Taavet_Bergmanni_abiraha_sihtasutus, lk 26
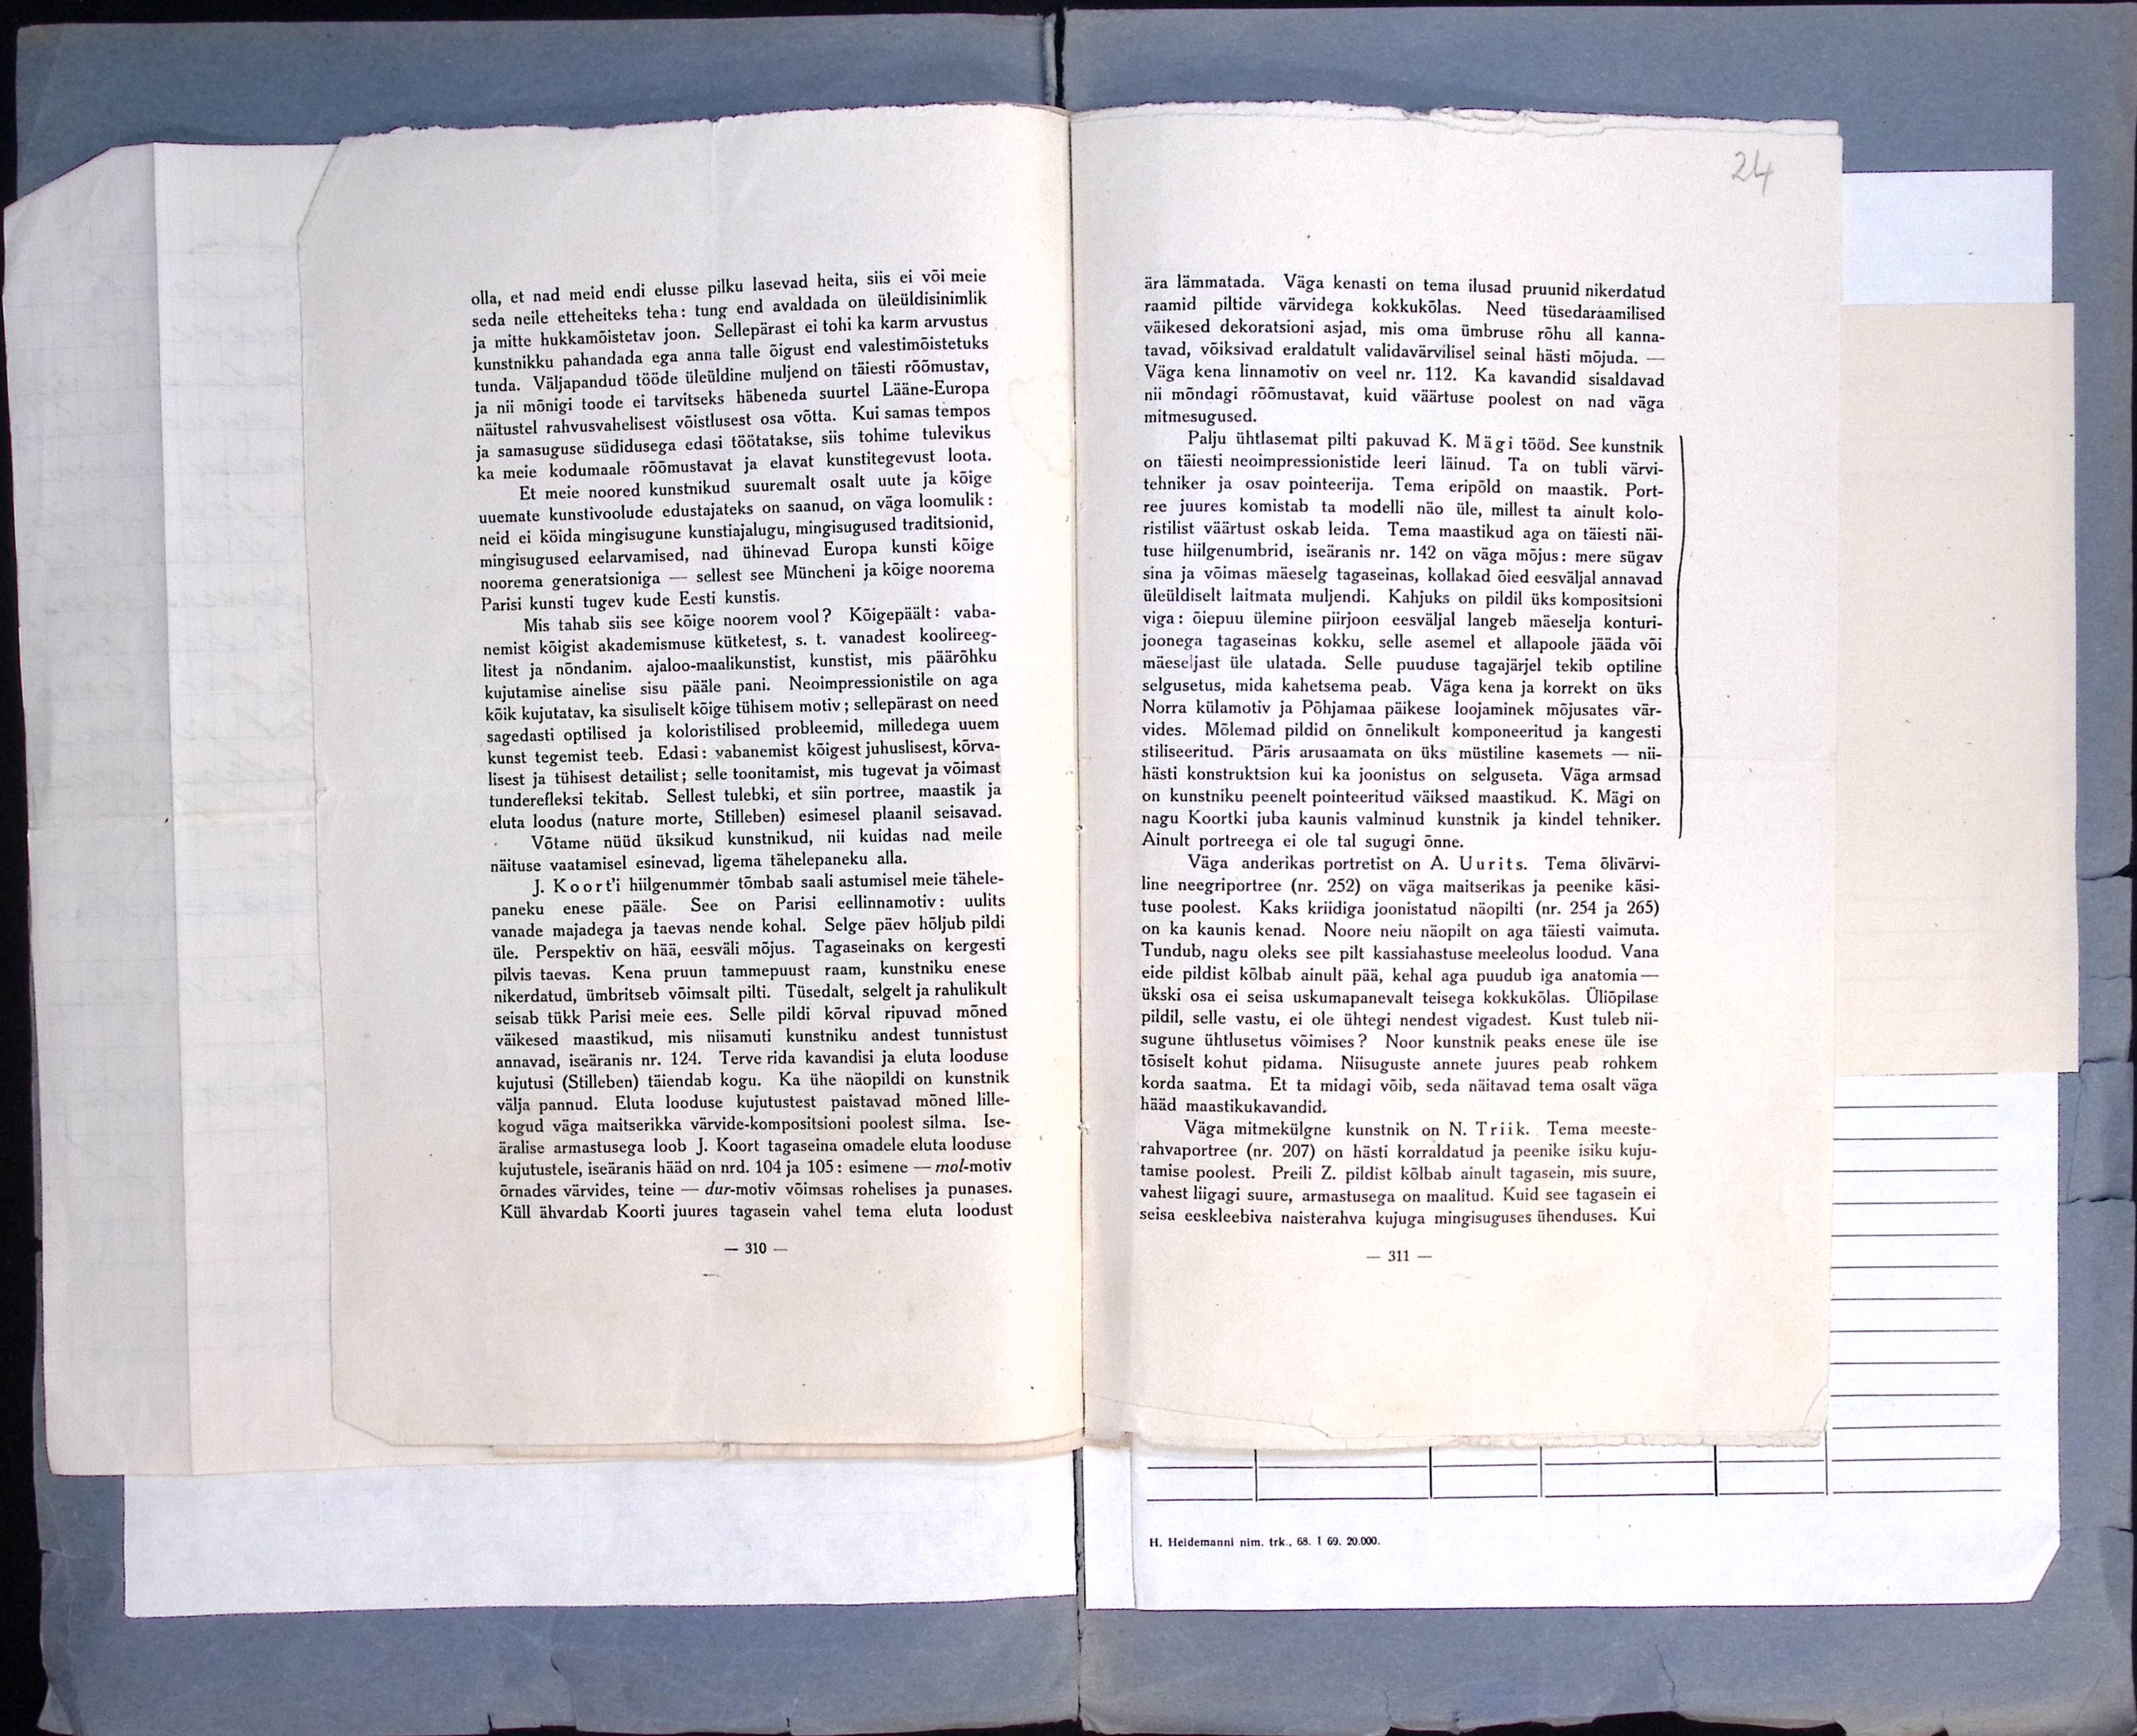
24

olla, et nad meid endi elusse pilku lasevad heita, siis ei või meie
seda neile etteheiteks teha: tung end avaldada on üleüldisinimlik
ja mitte hukkamõistetav joon. Sellepärast ei tohi ka karm arvustus
kunstnikku pahandada ega anna talle õigust end valestimõistetuks
tunda. Väljapandud tööde üleüldine muljend on täiesti rõõmustav,
ja nii mõnigi toode ei tarvitseks häbeneda suurtel Lääne-Europa
näitustel rahvusvahelisest võistlusest osa võtta. Kui samas tempos
ja samasuguse südidusega edasi töötatakse, siis tohime tulevikus
ka meie kodumaale rõõmustavat ja elavat kunstitegevust loota.
Et meie noored kunstnikud suuremalt osalt uute ja kõige
uuemate kunstivoolude edustajateks on saanud, on väga loomulik:
neid ei köida mingisugune kunstiajalugu, mingisugused traditsionid,
mingisugused eelarvamised, nad ühinevad Europa kunsti kõige
noorema generatsioniga - sellest see Müncheni ja kõige noorema
Parisi kunsti tugev kude Eesti kunstis.
Mis tahab siis see kõige noorem vool? Kõigepäält: vaba-
nemist kõigist akademismuse kütketest, s. t. vanadest koolireeg-
litest ja nõndanim. ajaloo-maalikunstist, kunstist, mis päärõhku
kujutamise ainelise sisu pääle pani. Neoimpressionistile on aga
kõik kujutatav, ka sisuliselt kõige tühisem motiv; sellepärast on need
sagedasti optilised ja koloristilised probleemid, milledega uuem
kunst tegemist teeb. Edasi: vabanemist kõigest juhuslisest, kõrva-
lisest ja tühisest detailist; selle toonitamist, mis tugevat ja võimast
tunderefleksi tekitab. Sellest tulebki, et siin portree, maastik ja
eluta loodus (nature morte, Stilleben) esimesel plaanil seisavad.
Võtame nüüd üksikud kunstnikud, nii kuidas nad meile
näituse vaatamisel esinevad, ligema tähelepaneku alla.
J. Koort'i hiilgenummer tõmbab saali astumisel meie tähele-
paneku enese pääle. See on Parisi eellinnamotiv: uulits
vanade majadega ja taevas nende kohal. Selge päev hõljub pildi
üle. Perspektiv on hää, eesväli mõjus. Tagaseinaks on kergesti
pilvis taevas. Kena pruun tammepuust raam, kunstniku enese
nikerdatud, ümbritseb võimsalt pilti. Tüsedalt, selgelt ja rahulikult
seisab tükk Parisi meie ees. Selle pildi kõrval ripuvad mõned
väikesed maastikud, mis niisamuti kunstniku andest tunnistust
annavad, iseäranis nr. 124. Terve rida kavandisi ja eluta looduse
kujutusi (Stilleben) täiendab kogu. Ka ühe näopildi on kunstnik
välja pannud. Eluta looduse kujutustest paistavad mõned lille-
kogud väga maitserikka värvide-kompositsioni poolest silma. Ise-
äralise armastusega loob J. Koort tagaseina omadele eluta looduse
kujutustele, iseäranis hääd on nrd. 104 ja 105: esimene - mol-motiv
õrnades värvides, teine - dur-motiv võimsas rohelises ja punases.
Küll ähvardab Koorti juures tagasein vahel tema eluta loodust
310

ära lämmatada. Väga kenasti on tema ilusad pruunid nikerdatud
raamid piltide värvidega kokkukõlas. Need tüsedaraamilised
väikesed dekoratsioni asjad, mis oma ümbruse rõhu all kanna-
tavad, võiksivad eraldatult validavärvilisel seinal hästi mõjuda. -
Väga kena linnamotiv on veel nr. 112. Ka kavandid sisaldavad
nii mõndagi rõõmustavat, kuid väärtuse poolest on nad väga
mitmesugused.
Palju ühtlasemat pilti pakuvad K. Mägi tööd. See kunstnik
on täiesti neoimpressionistide leeri läinud. Ta on tubli värvi-
tehniker ja osav pointeerija. Tema eripõld on maastik. Port-
ree juures komistab ta modelli näo üle, millest ta ainult kolo-
ristilist väärtust oskab leida. Tema maastikud aga on täiesti näi-
tuse hiilgenumbrid, iseäranis nr. 142 on väga mõjus: mere sügav
sina ja võimas mäeselg tagaseinas, kollakad õied eesväljal annavad
üleüldiselt laitmata muljendi. Kahjuks on pildil üks kompositsioni
viga: õiepuu ülemine piirjoon eesväljal langeb mäeselja konturi-
joonega tagaseinas kokku, selle asemel et allapoole jääda või
mäeseljast üle ulatada. Selle puuduse tagajärjel tekib optiline
selgusetus, mida kahetsema peab. Väga kena ja korrekt on üks
Norra külamotiv ja Põhjamaa päikese loojaminek mõjusates vär-
vides. Mõlemad pildid on õnnelikult komponeeritud ja kangesti
stiliseeritud. Päris arusaamata on üks müstiline kasemets - nii-
hästi konstruktsion kui ka joonistus on selguseta. Väga armsad
on kunstniku peenelt pointeeritud väiksed maastikud. K. Mägi on
nagu Koortki juba kaunis valminud kunstnik ja kindel tehniker.
Ainult portreega ei ole tal sugugi õnne.
Väga anderikas portretist on A. Uurits. Tema õlivärvi-
line neegriportree (nr. 252) on väga maitserikas ja peenike käsi-
tuse poolest. Kaks kriidiga joonistatud näopilti (nr. 254 ja 265)
on ka kaunis kenad. Noore neiu näopilt on aga täiesti vaimuta.
Tundub, nagu oleks see pilt kassiahastuse meeleolus loodud. Vana
eide pildist kõlbab ainult pää, kehal aga puudub iga anatomia -
ükski osa ei seisa uskumapanevalt teisega kokkukõlas. Üliõpilase
pildil, selle vastu, ei ole ühtegi nendest vigadest. Kust tuleb nii-
sugune ühtlusetus võimises? Noor kunstnik peaks enese üle ise
tõsiselt kohut pidama. Niisuguste annete juures peab rohkem
korda saatma. Et ta midagi võib, seda näitavad tema osalt väga
hääd maastikukavandid.
Väga mitmekülgne kunstnik on N. Triik. Tema meeste-
rahvaportree (nr. 207) on hästi korraldatud ja peenike isiku kuju-
tamise poolest. Preili Z. pildist kõlbab ainult tagasein, mis suure,
vahest liigagi suure, armastusega on maalitud. Kuid see tagasein ei
seisa eeskleebiva naisterahva kujuga mingisuguses ühenduses. Kui
311